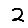
Digit: 2